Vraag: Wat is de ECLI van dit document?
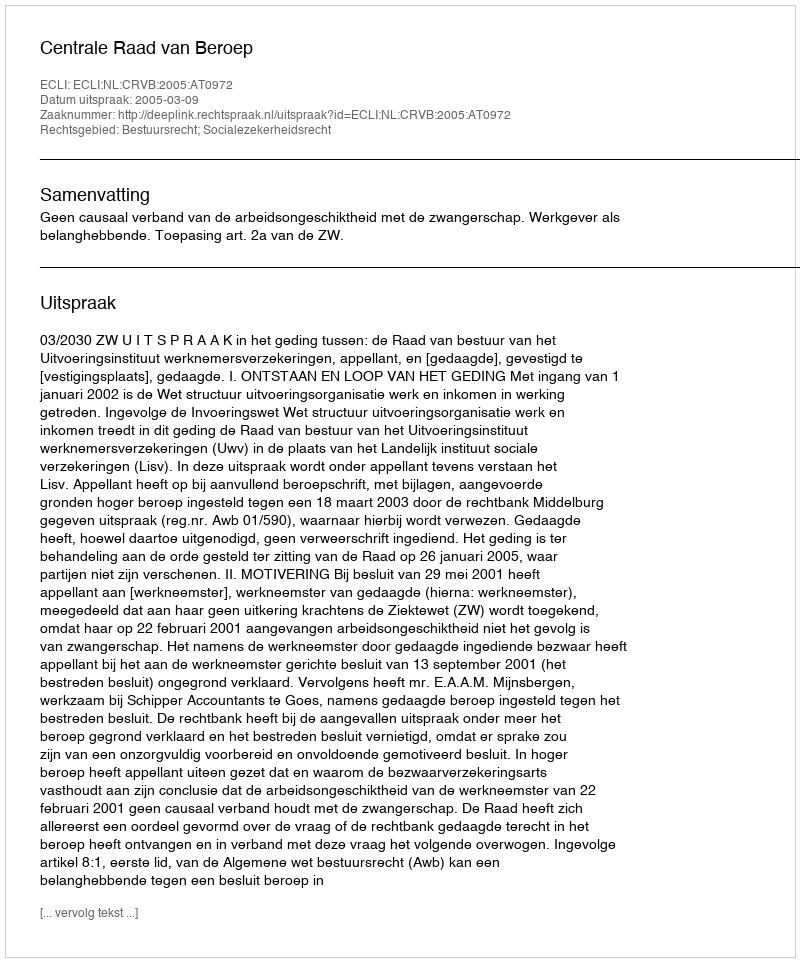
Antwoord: ECLI:NL:CRVB:2005:AT0972